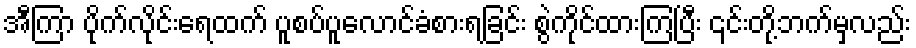
အီကြာ ပိုက်လိုင်းရေထက် ပူစပ်ပူလောင်ခံစားရခြင်း စွဲကိုင်ထားကြပြီး ၎င်းတို့ဘက်မှလည်း